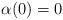
LaTeX: \begin{align*}\alpha(0) = 0\end{align*}